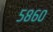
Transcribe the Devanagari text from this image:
५८६०